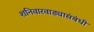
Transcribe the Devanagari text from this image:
शनिवारवाड्यासंबंधी